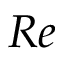
R e